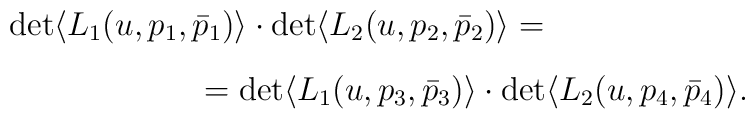
\begin{array}{l}\det \langle L_{1}(u,p_{1},\bar{p}_{1}) \rangle \cdot \det\langle L_{2}(u,p_{2},\bar{p}_{2}) \rangle = \\\vspace{-2mm}\\\qquad \qquad \qquad = \det \langle L_{1}(u,p_{3},\bar{p}_{3})\rangle \cdot \det \langle L_{2}(u,p_{4},\bar{p}_{4}) \rangle.\end{array}